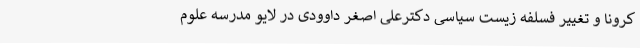
کرونا و تغییر فسلفه زیست سیاسی دکترعلی اصغر داوودی در لایو مدرسه علوم